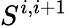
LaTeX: S^{i,i+1}